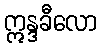
ဣန္ဒခီလော